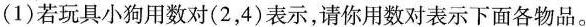
(1)若玩具小狗用数对(2，4)表示，请你用数对表示下面各物品。